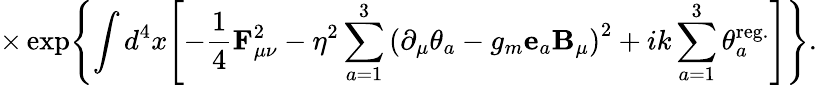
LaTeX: \times\exp\Biggl\{ \int d^{4}x\Biggl[-\frac 14{\mathbf F}_{\mu\nu}^{2}-\eta^{2}\sum_{a=1}^{3}\left(\partial_{\mu}\theta_{a}-g_{m}{\mathbf e}_{a}{\mathbf B}_{\mu}\right)^{2}+ik\sum_{a=1}^{3}\theta_{a}^{\mathrm{reg.}}\Biggr]\Biggr\} .